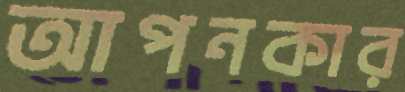
আপনকার